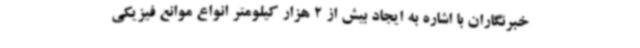
خبرنگاران با اشاره به ایجاد بیش از 2 هزار کیلومتر انواع موانع فیزیکی